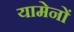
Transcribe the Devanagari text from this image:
यामेनों